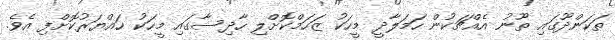
ތަކަންދޫގައި ތޫނު އެއްޗަކުން ހަމަލާދީ މީހަކު ޒަހަމްކޮށްލި ހާދިސާގައި މީހަކު ހައްޔަރުކޮށްފި އެވެ.